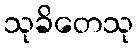
သုခိတေသု